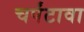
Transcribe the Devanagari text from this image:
चर्पंटावा